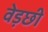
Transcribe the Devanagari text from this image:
वेड़छी